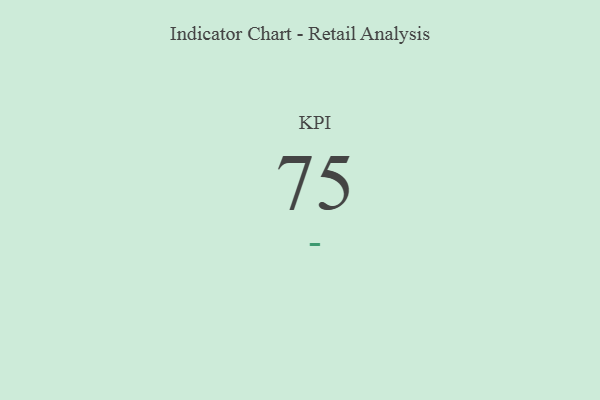
{"axis": {"x": "KPI", "y": "Value"}, "legend": [""], "data": [{"x": "KPI", "y": 75, "type": ""}]}